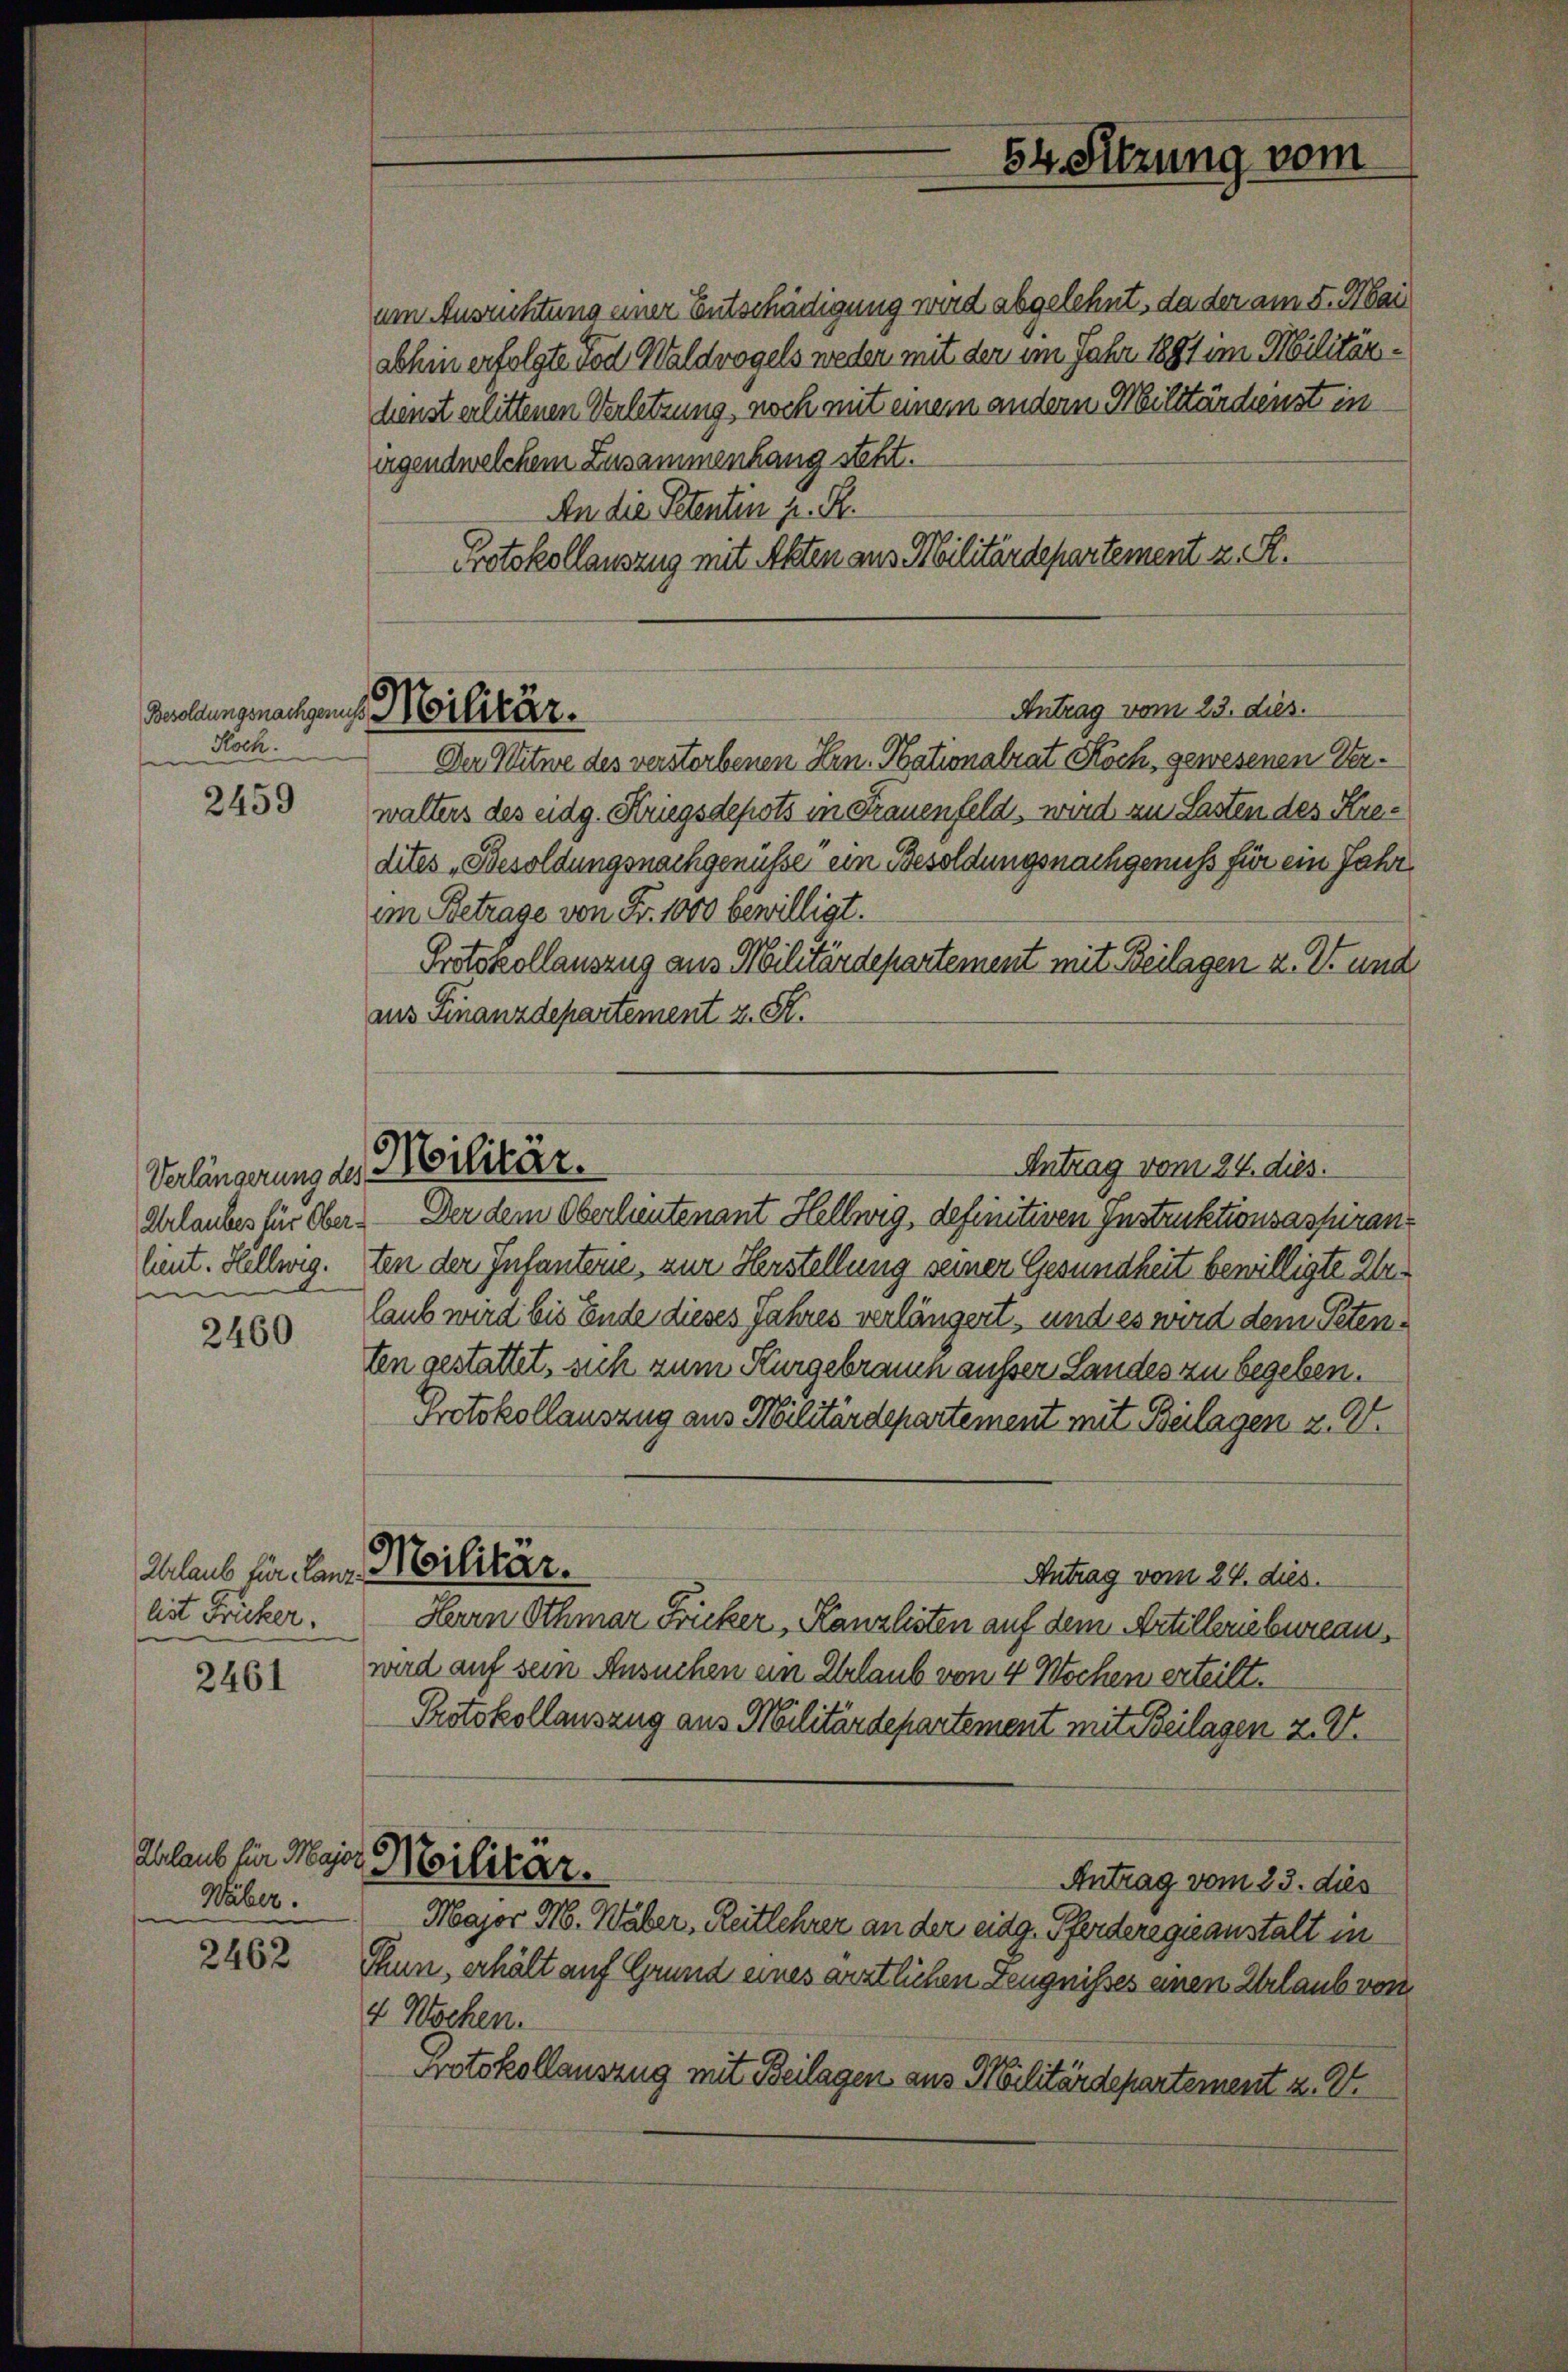
Besoldungsnachgenuss
Hoch

2459

Verlängerung des
Urlaubes für Obern

2460

Urlaub für Kanz.
list Fricker.

2461

Urlaub für Major
Wäber.

2462

Militär.

Militär.

um Ausrichtung einer Entschädigung wird abgelehnt, da der am 5. Mai
abhin erfolgte Tod Waldvogels weder mit der im Jahr 1891 im Militärdienst erlittenen Verletzung, noch mit einem andern Militärdienst in
irgendwelchem Zusammenhang steht.
An die Petentin z. R.
Protokollauszug mit Akten aus Militärdepartement z. S.
Der Witwe des verstorbenen Hrn. Nationalrat Koch, gewesenen Verwalters des eidg. Kriegsdepots in Frauenfeld, wird zu Lasten des Kredites „Besoldungsnachgenüsse ein Besoldungsnachgenuss für ein Jahr
im Betrage von Fr. 1000 bewilligt.
Protokollauszug aus Militärdepartement mit Beilagen u. I. und
aus Finanzdepartement z. St.
Der dem Oberlieutenant Hellwig, definitiven Instruktionsaspiranlient. Hellweg. Den der Infanterne, zur Herstellung seiner Gesundheit bewilligte Zei
laub wird bis Ende dieses Jahres verlängert, und es wird dem Petenten gestattet, sich zum Kurgebrauch ausser Landes zu begeben.
Protokollauszug aus Militärdepartement mit Beilagen z. B.
Militär.
Antrag vom 24. dies.
Herrn Othmar Fricker, Kanzlisten auf dem Artilleriebureau,
wird auf sein Ansuchen ein Erlaub von 4 Wochen erteilt.
Protokollauszug aus Militärdepartement mit Beilagen Z. V.
Militär.
Antrag vom 23. dies
Major M. Waber, Reitlehrer an der eidg. Pferderegieanstalt in
Thun, erhält auf Grund eines ärztlichen Zeugnisses einen Urlaub von
4 Wochen.
Protokollauszug mit Beilagen aus Militärdepartement z. 8

54. Sitzung vom

Antrag vom 23. dies.

Antrag vom 24. dies.